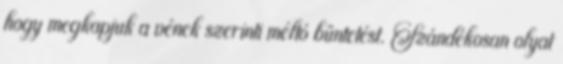
hogy megkapjuk a vének szerinti méltó büntetést. Szándékosan olyat